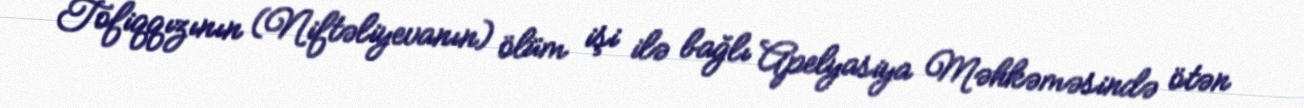
Tofiqqızının (Niftəliyevanın) ölüm işi ilə bağlı Apelyasiya Məhkəməsində ötən